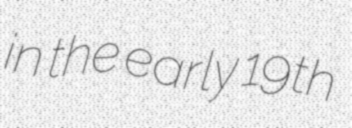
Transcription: in the early 19th